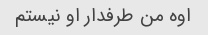
اوه من طرفدار او نیستم